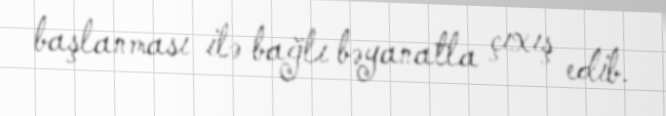
başlanması ilə bağlı bəyanatla çıxış edib.